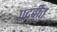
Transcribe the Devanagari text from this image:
पदवीत